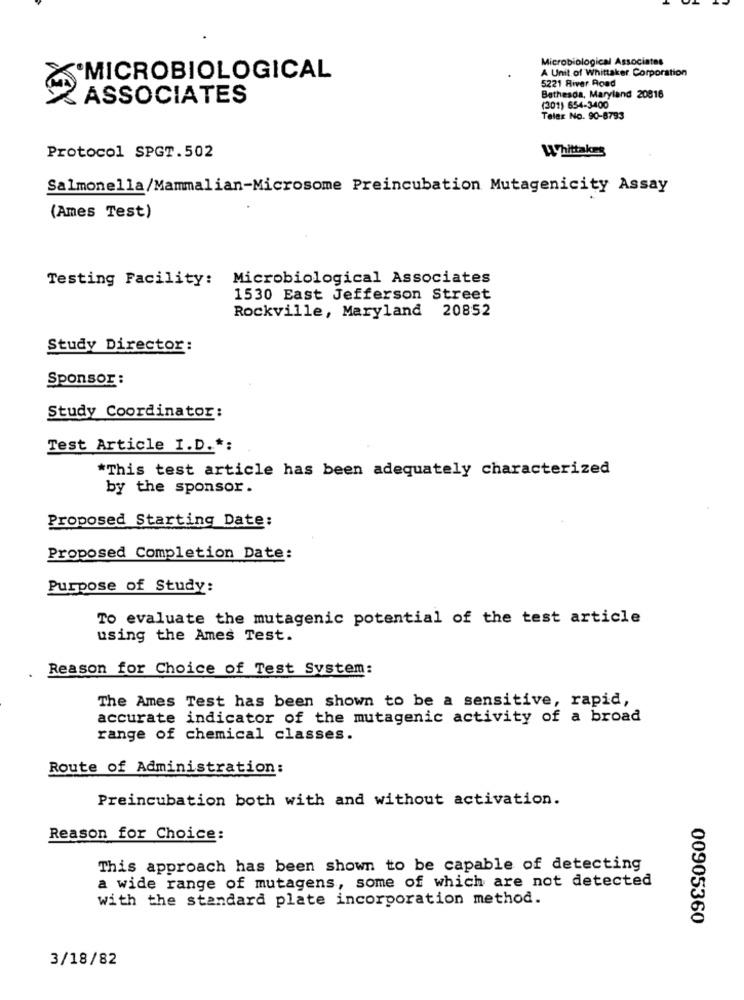
Microbiological Associates
A Unit of Whittaker Corporation
MICROBIOLOGICAL
5221 River Road
ASSOCIATES
Bethesda, Maryland 20816
(301) 654-3400
Telex No. 90-8793
Protocol SPGT.502
Whittakes
Salmonella/Mammalian-Microsome Preincubation Mutagenicity Assay
(Ames Test)
Testing Facility: Microbiological Associates
1530 East Jefferson Street
Rockville, Maryland 20852
Study Director:
Sponsor :
Study Coordinator:
Test Article I.D .*:
*This test article has been adequately characterized
by the sponsor.
Proposed Starting Date:
Proposed Completion Date:
Purpose of Study:
To evaluate the mutagenic potential of the test article
using the Ames Test.
Reason for Choice of Test System:
The Ames Test has been shown to be a sensitive, rapid,
accurate indicator of the mutagenic activity of a broad
range of chemical classes.
Route of Administration:
Preincubation both with and without activation.
Reason for Choice:
This approach has been shown to be capable of detecting
a wide range of mutagens, some of which are not detected
with the standard plate incorporation method.
00905360
3/18/82